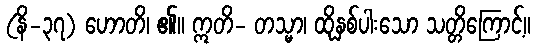
(နိ-၃၇) ဟောတိ၊ ၏။ ဣတိ- တသ္မာ၊ ထိုနှစ်ပါးသော သတ္တိကြောင့်။